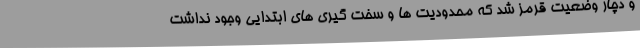
و دچار وضعیت قرمز شد که محدودیت ها و سخت گیری های ابتدایی وجود نداشت